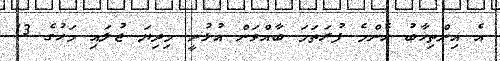
އެ އިންތިޚާބު އެންމެ ފުރަތަމަ ބާއްވަން އުޅުނީ މިދިޔަ ޖުލައި މަހުގެ 13